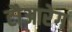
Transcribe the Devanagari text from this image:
टौआरेग